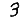
Digit: 3